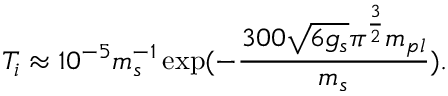
T _ { i } \approx 1 0 ^ { - 5 } m _ { s } ^ { - 1 } \exp ( - \frac { 3 0 0 \sqrt { 6 g _ { s } } \pi ^ { \frac { 3 } { 2 } } m _ { p l } } { m _ { s } } ) .